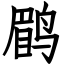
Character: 鹛